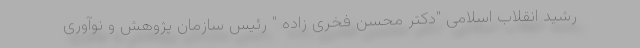
رشید انقلاب اسلامی "دکتر محسن فخری زاده " رئیس سازمان پژوهش و نوآوری